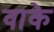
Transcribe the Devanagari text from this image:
वाके